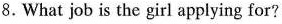
8.What job is the girl applying for?